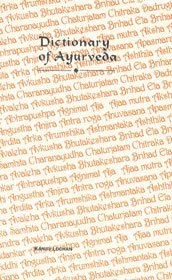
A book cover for Dictionary of Ayurveda; Kanjiv Lochan; Health, Fitness & Dieting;